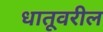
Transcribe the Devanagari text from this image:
धातूवरील